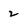
Character: 2